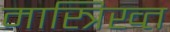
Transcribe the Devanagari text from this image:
मास्त्रिख्त